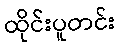
ထိုင်းပူတင်း